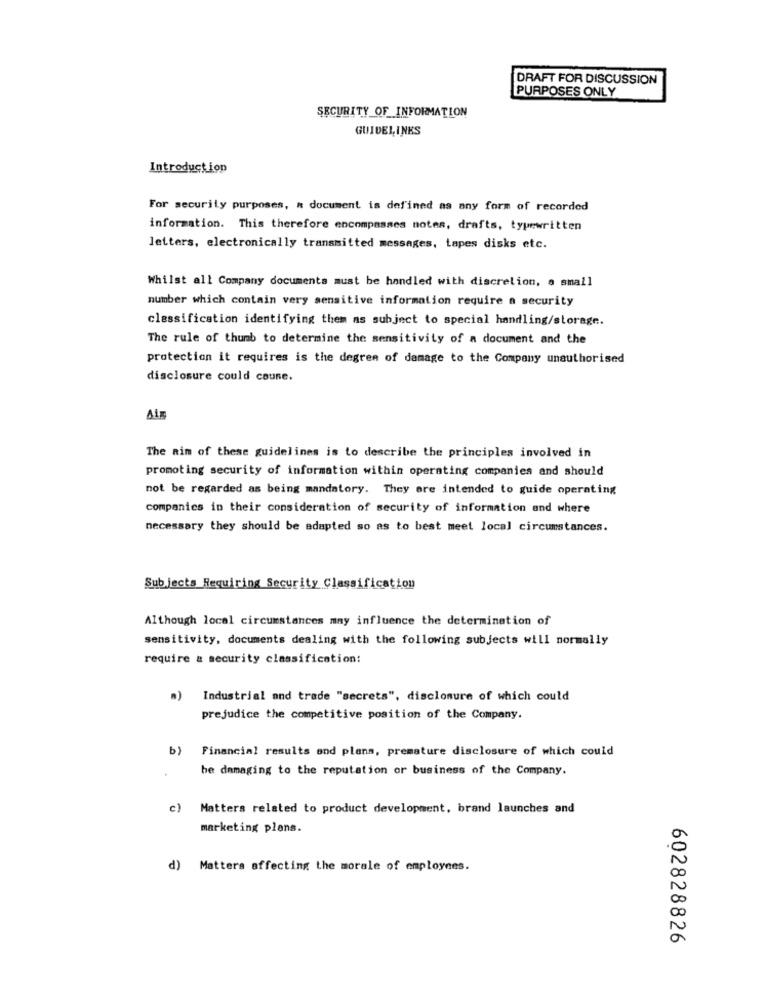
DRAFT FOR DISCUSSION
PURPOSES ONLY
SECURITY_OF_INFORMATION
GUIDELINES
Introduction
For security purposes, a document is defined as any form of recorded
information. This therefore encompasses notes, drafts, typewritten
letters, electronically transmitted messages, tapes disks etc.
Whilst all Company documents must be handled with discretion, a small
number which contain very sensitive information require a security
classification identifying them as subject to special handling/storage.
The rule of thumb to determine the sensitivity of a document and the
protection it requires is the degren of damage to the Company unauthorised
disclosure could coune.
Aim
The aim of these guidelines is to describe the principles involved in
promoting security of information within operating companies and should
not be regarded as being mandatory. They are intended to guide operating
companies in their consideration of security of information and where
necessary they should be adapted so as to best meet local circumstances.
Subjects Requiring Security Classification
Although local circumstances may influence the determination of
sensitivity, documents dealing with the following subjects will normally
require & security classification:
Industrial and trade "secrets", disclosure of which could
prejudice the competitive position of the Company.
Financial results and plans, premature disclosure of which could
be damaging to the reputation or business of the Company.
c) Matters related to product development, brand launches and
marketing plans.
d)
Matters affecting the morale of employees.
602828826